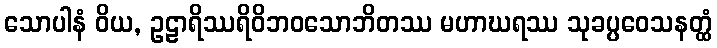
သောပါနံ ဝိယ, ဥဠာရိဿရိဝိဘဝသောဘိတဿ မဟာဃရဿ သုခပ္ပဝေသနတ္ထံ